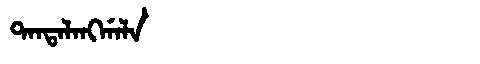
Manchu: ᡨᠠᠨᡨᠠᠯᠠᠩᡤᠠᠯᠠ
Romanization: TANTALANGGALA